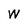
Character: W